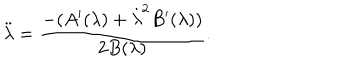
\ddot { \lambda } = \frac { - ( A ^ { \prime } ( \lambda ) + \dot { \lambda } ^ { 2 } B ^ { \prime } ( \lambda ) ) } { 2 B ( \lambda ) } .